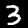
Label: 3